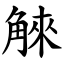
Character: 䚞